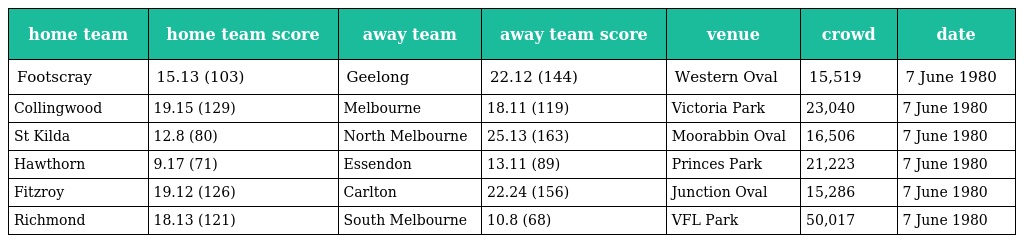
| home team | home team score | away team | away team score | venue | crowd | date |
 | --- | --- | --- | --- | --- | --- | --- |
 | Footscray | 15.13 (103) | Geelong | 22.12 (144) | Western Oval | 15,519 | 7 June 1980 |
 | Collingwood | 19.15 (129) | Melbourne | 18.11 (119) | Victoria Park | 23,040 | 7 June 1980 |
 | St Kilda | 12.8 (80) | North Melbourne | 25.13 (163) | Moorabbin Oval | 16,506 | 7 June 1980 |
 | Hawthorn | 9.17 (71) | Essendon | 13.11 (89) | Princes Park | 21,223 | 7 June 1980 |
 | Fitzroy | 19.12 (126) | Carlton | 22.24 (156) | Junction Oval | 15,286 | 7 June 1980 |
 | Richmond | 18.13 (121) | South Melbourne | 10.8 (68) | VFL Park | 50,017 | 7 June 1980 |